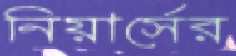
নিয়ার্সের